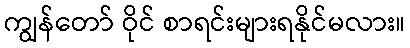
ကျွန်တော် ဝိုင် စာရင်းများရနိုင်မလား။